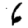
Digit: 6